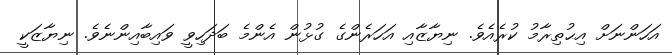
އަހަންނަށް އިޙުތިރާމު ކުރެއެވެ. ނިޔާޒާއި އަހަރެންގެ ގުޅުން އެންމެ ބަދަހިވީ ވައިބާއިންނެވެ. ނިޔާޒަކީ